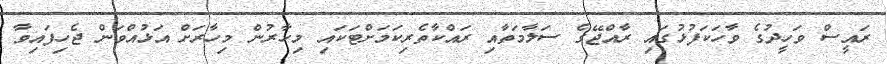
ރައީސް ވަހީދުގެ ވާހަކަފުޅުގައި ރާއްޖޭގެ ސަލާމަތާއި ރައްކާތެރިކަމަށްޓަކައި މިހާރުން މިހާރަށް އަޅުއްވަން ޖެހިފައިވާ